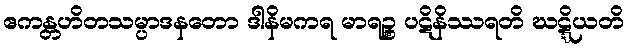
ဧကန္တဟိတသမ္ပာဒနတော ဒါနိမကရ မာရဉ္စ ပဋိနိဿရတိ ဃဋ္ဋိယတိ